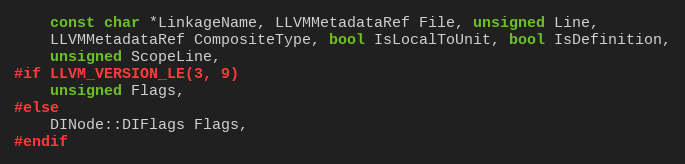
Language: C++
    const char *LinkageName, LLVMMetadataRef File, unsigned Line,
    LLVMMetadataRef CompositeType, bool IsLocalToUnit, bool IsDefinition,
    unsigned ScopeLine,
#if LLVM_VERSION_LE(3, 9)
    unsigned Flags,
#else
    DINode::DIFlags Flags,
#endif